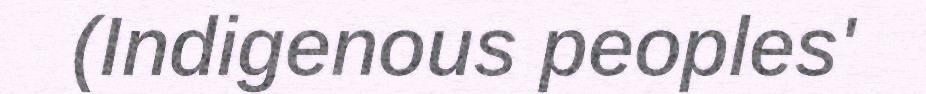
(Indigenous peoples'